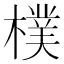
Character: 樸